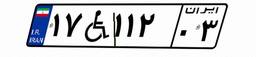
۷۱W۱۹۲۷۰